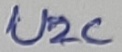
Text: U2C